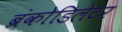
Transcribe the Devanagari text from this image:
ब्रंकोडिलेटर